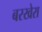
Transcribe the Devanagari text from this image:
बरखेरा